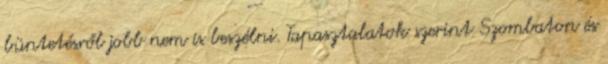
büntetésről jobb nem is beszélni. Tapasztalatok szerint Szombaton és